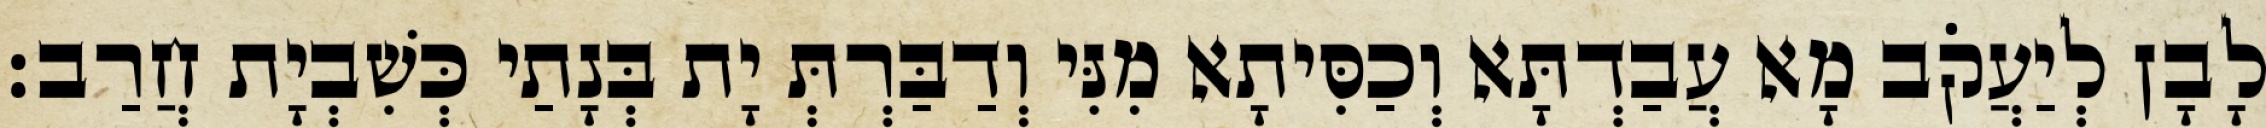
לָבָן לְיַעֲקֹב מָא עֲבַדְתָּא וְכַסִּיתָא מִנִּי וְדַבַּרְתְּ יָת בְּנָתַי כְּשִׁבְיָת חֲרַב׃